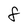
Character: 8